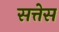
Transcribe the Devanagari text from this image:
सत्तेस